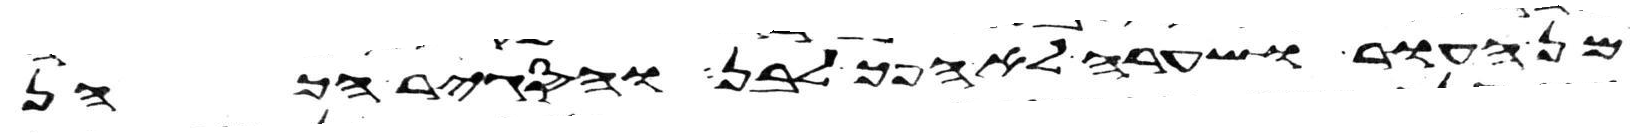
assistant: מן העור ושערה לא הפך לבן והסגיר הכהן